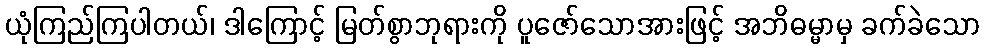
ယုံကြည်ကြပါတယ်၊ ဒါကြောင့် မြတ်စွာဘုရားကို ပူဇော်သောအားဖြင့် အဘိဓမ္မာမှ ခက်ခဲသော